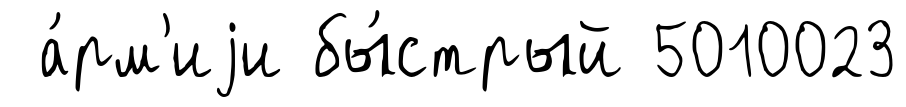
а́рм'иjи бы́стрый 5010023